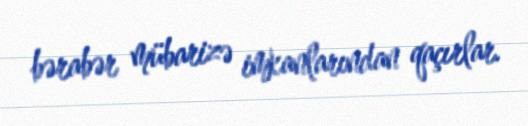
bərabər mübarizə imkanlarından qaçırlar.